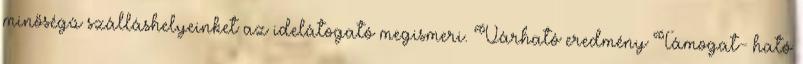
minőségű szálláshelyeinket az idelátogató megismeri. Várható eredmény Támogat- ható